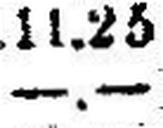
—.—